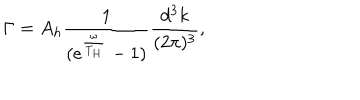
\Gamma = A _ { h } \frac { 1 } { ( e ^ { \frac { \omega } { T _ { H } } } - 1 ) } \frac { d ^ { 3 } k } { ( 2 \pi ) ^ { 3 } } ,